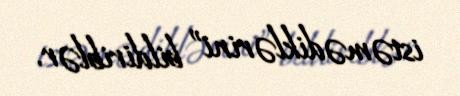
istəmədiklərini” bildiriblər.